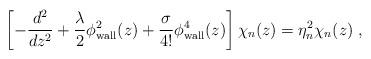
LaTeX: \begin{align*}\left[-\frac{d^2}{dz^2}+\frac{\lambda}{2}\phi_{\rm wall}^2(z)+\frac{\sigma}{4!}\phi_{\rm wall}^4(z)\right]\chi_n(z)=\eta_n^2 \chi_n(z)\;,\end{align*}